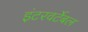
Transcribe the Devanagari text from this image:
इंटरवर्टेबल